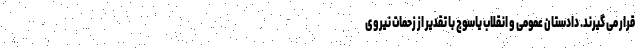
قرار می گیرند. دادستان عمومی و انقلاب یاسوج با تقدیر از زحمات نیروی